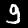
Label: 9